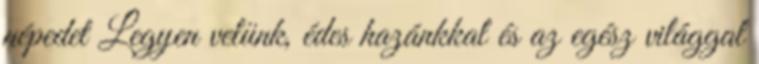
népedet Legyen velünk, édes hazánkkal és az egész világgal